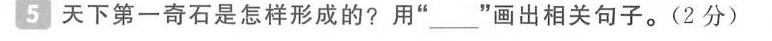
5天下第一奇石是怎样形成的?用”___”画出相关句子。(2分)